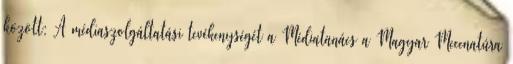
között: A médiaszolgáltatási tevékenységét a Médiatanács a Magyar Mecenatúra